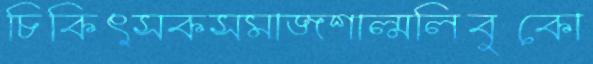
চিকিৎসকসমাজশাল্মলিবুকো